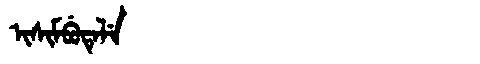
Manchu: ᡳᠰᡳᠮᠪᡠᡨᡝᠯᡝ
Romanization: ISIMBUTELE